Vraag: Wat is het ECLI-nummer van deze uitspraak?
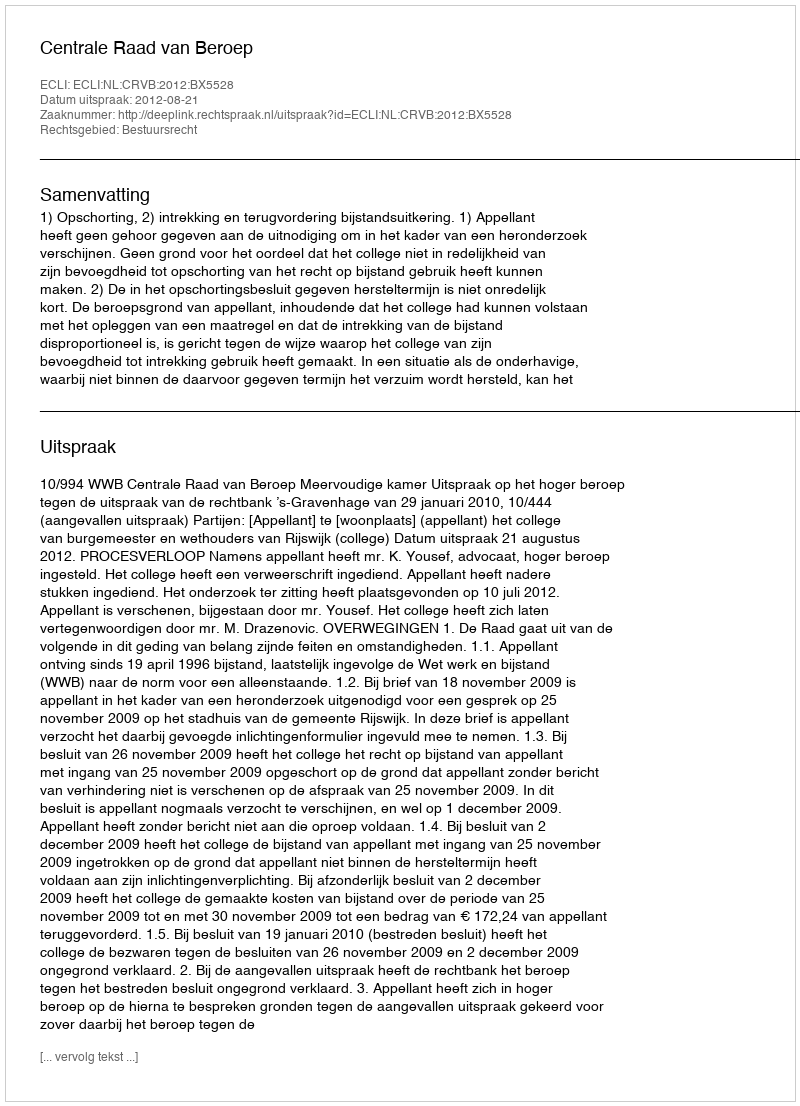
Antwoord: ECLI:NL:CRVB:2012:BX5528